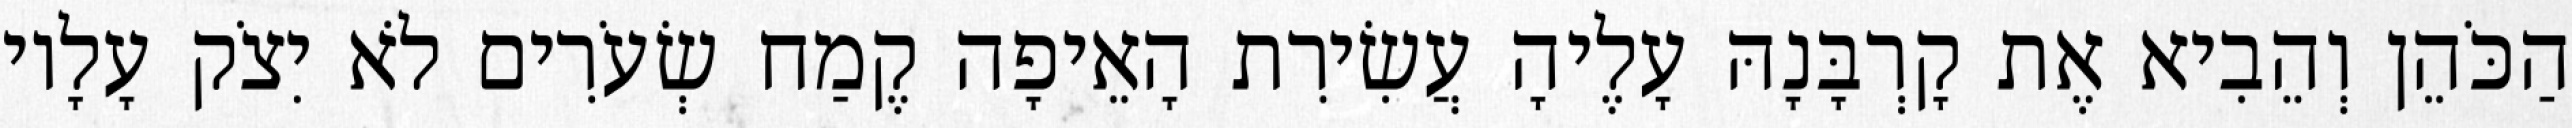
הַכֹּהֵן וְהֵבִיא אֶת קָרְבָּנָהּ עָלֶיהָ עֲשִׂירִת הָאֵיפָה קֶמַח שְׂעֹרִים לֹא יִצֹק עָלָיו